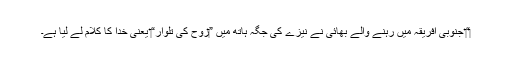
‏“‏ جنوبی افریقہ میں رہنے والے بھائی نے نیزے کی جگہ ہاتھ میں ”‏روح کی تلوار“‏ یعنی خدا کا کلام لے لیا ہے۔